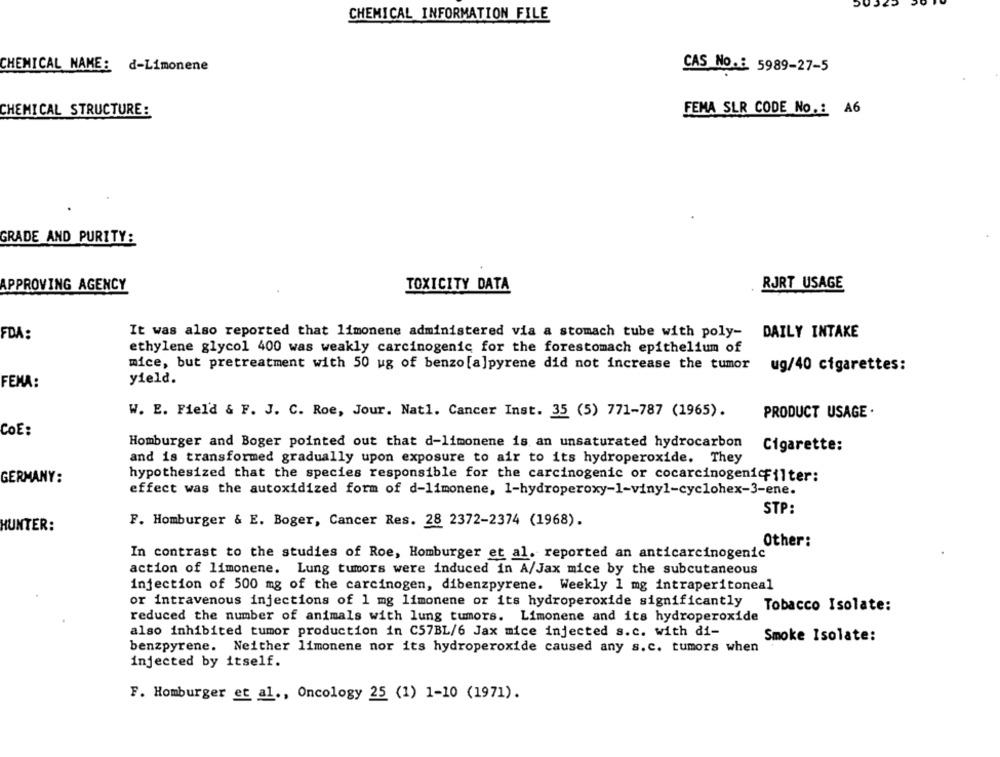
CHEMICAL INFORMATION FILE
CHEMICAL NAME: d-Limonene
CAS NO .: 5989-27-5
CHEMICAL STRUCTURE:
FEMA SLR CODE No .: A6
GRADE AND PURITY:
APPROVING AGENCY
TOXICITY DATA
RJRT USAGE
FDA:
It was also reported that limonene administered via a stomach tube with poly- DAILY INTAKE
ethylene glycol 400 was weakly carcinogenic for the forestomach epithelium of
mice, but pretreatment with 50 ug of benzo [a]pyrene did not increase the tumor
ug/40 cigarettes:
FENA:
yield.
W. E. Fiel'd & F. J. C. Roe, Jour. Natl. Cancer Inst. 35 (5) 771-787 (1965).
PRODUCT USAGE .
COE:
Homburger and Boger pointed out that d-limonene is an unsaturated hydrocarbon
Cigarette:
and is transformed gradually upon exposure to air to its hydroperoxide. They
GERMANY:
hypothesized that the species responsible for the carcinogenic or cocarcinogenicFilter:
effect was the autoxidized form of d-limonene, 1-hydroperoxy-1-viny1-cyclohex-3-ene.
STP:
F. Homburger & E. Boger, Cancer Res. 28 2372-2374 (1968).
HUNTER:
Other:
In contrast to the studies of Roe, Homburger et al. reported an anticarcinogenic
action of limonene. Lung tumors were induced in A/Jax mice by the subcutaneous
injection of 500 mg of the carcinogen, dibenzpyrene. Weekly 1 mg intraperitoneal
or intravenous injections of 1 mg limonene or its hydroperoxide significantly Tobacco Isolate:
reduced the number of animals with lung tumors. Limonene and its hydroperoxide
also inhibited tumor production in C57BL/6 Jax mice injected s.c. with di-
Smoke Isolate:
benzpyrene. Neither limonene nor its hydroperoxide caused any s.c. tumors when
injected by itself.
F. Homburger et al ., Oncology 25 (1) 1-10 (1971).